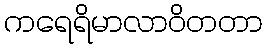
ကရေရိမာလာဝိတတာ